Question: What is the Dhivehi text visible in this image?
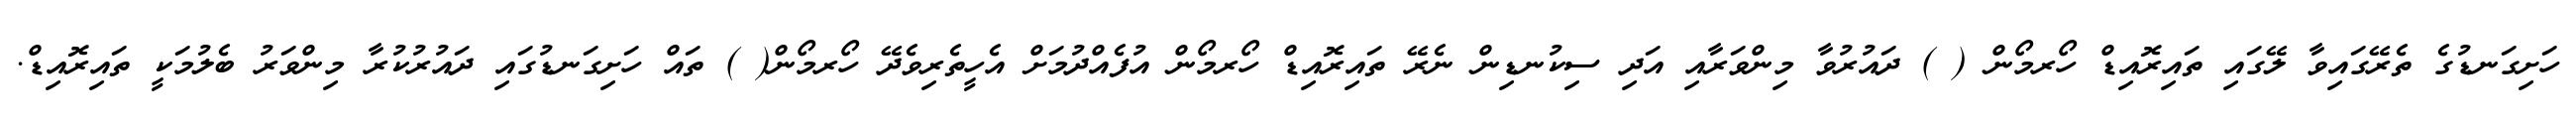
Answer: ހަށިގަނޑުގެ ތެރޭގައިވާ ލޭގައި ތައިރޮއިޑް ހޯރމޯން ( ) ދައުރުވާ މިންވަރާއި އަދި ސިކުނޑިން ނެރޭ ތައިރޮއިޑް ހޯރމޯން އުފެއްދުމަށް އެހީތެރިވެދޭ ހޯރމޯން( ) ތައް ހަށިގަނޑުގައި ދައުރުކުރާ މިންވަރު ބެލުމަކީ ތައިރޮއިޑް.